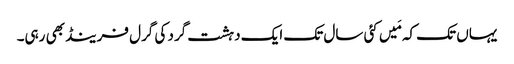
‏ یہاں تک کہ مَیں کئی سال تک ایک دہشت‌گرد کی گرل فرینڈ بھی رہی۔